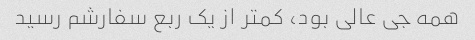
همه جی عالی بود، کمتر از یک ربع سفارشم رسید